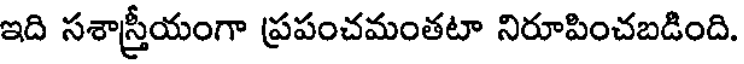
ఇది సశాస్త్రీయంగా ప్రపంచమంతటా నిరూపించబడింది.